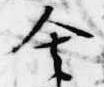
舎